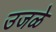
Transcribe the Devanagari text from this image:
उजळे